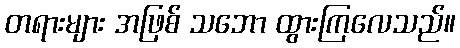
တရားများ အဖြစ် သဘော ထွားကြလေသည်။